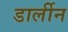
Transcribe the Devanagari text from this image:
डार्लीन